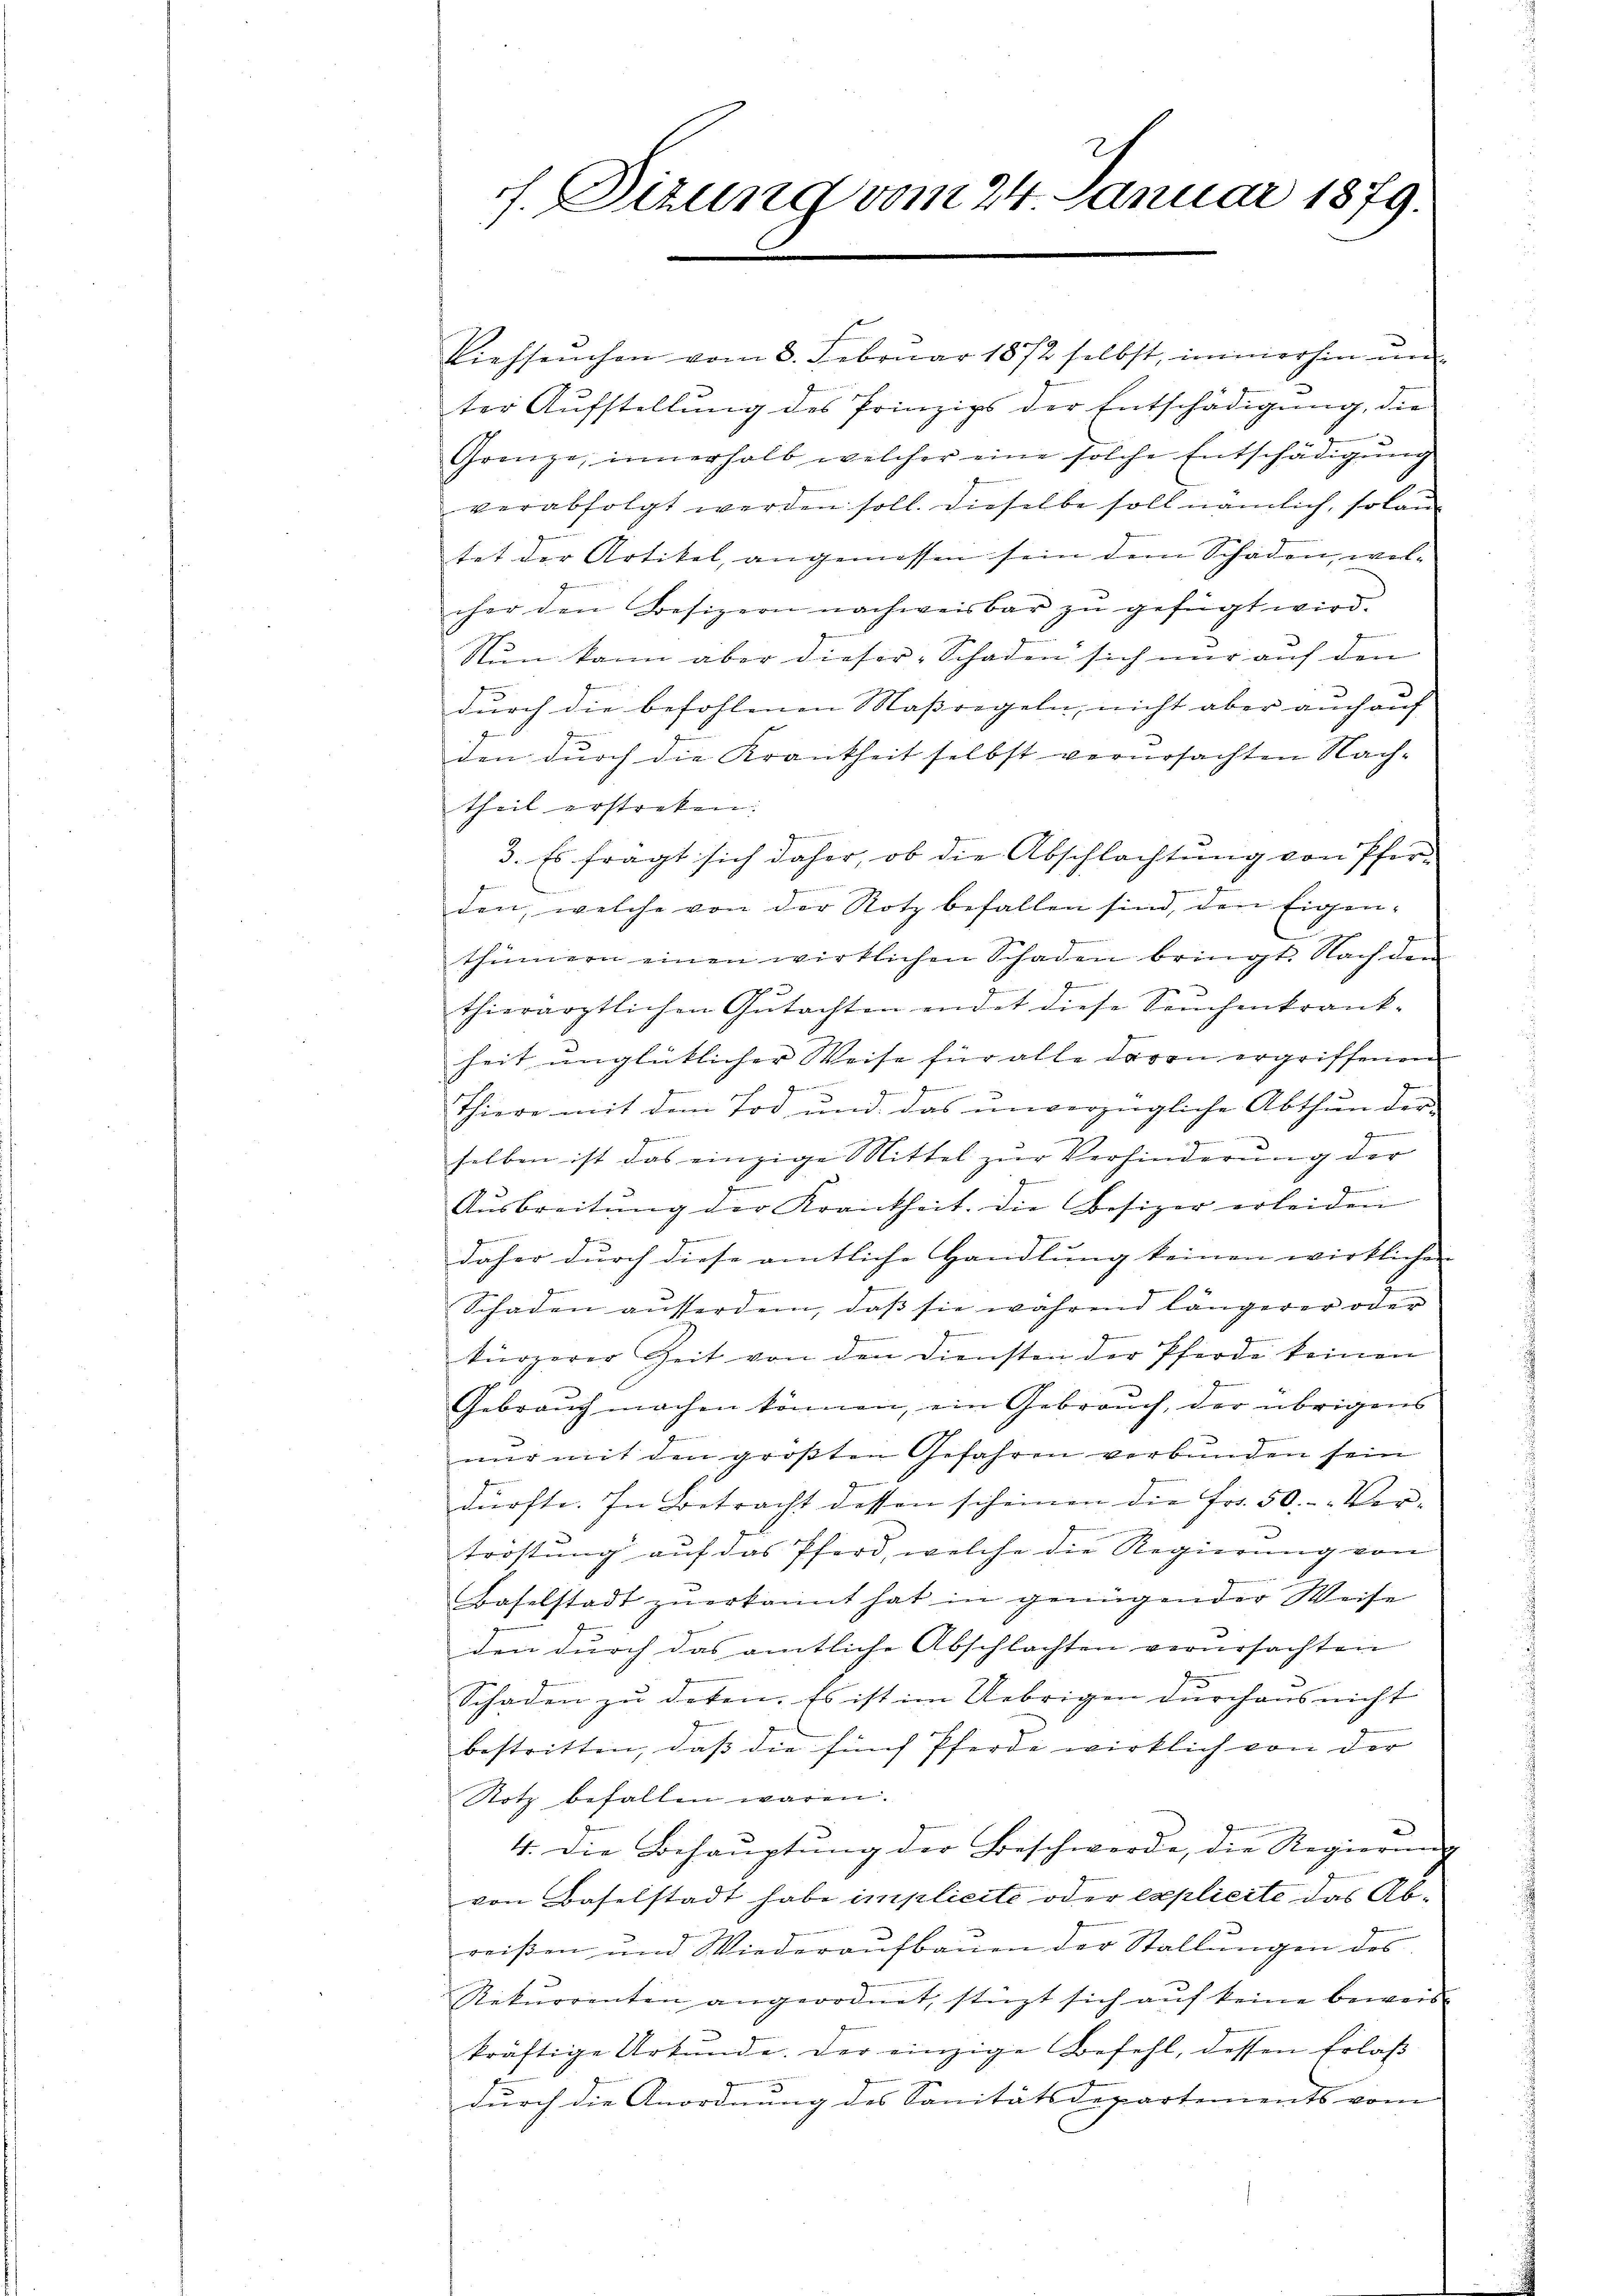
f. Dizung vom 24. Januar 1879.

Viehseuchen vom 8. Februar 1872 selbst, immerhin un
ter Aufstellung des Prinzips der Entschädigung, die
Grenze, innerhalb welcher eine solche Entschädigŭng
verabfolgt werden soll. Dieselbe soll nämlich, so lantet der Artikel, angemessen sein dem Schaden, welcher den Besizern nachweisbar zu gefügt wird.
Nun kann aber dieser Schaden sich nur auf den
.
r
durch die befohlenen Maßregeln, nicht aber auch auf
den durch die Krankheit selbst verursachten Nach-
theil erstreken:
ge
3. Es fragt sich daher, ob die Abschlachtung von Pfern
den, welche von der Notz befallen sind, den Eigenthümern einen wirklichen Schaden bringt. Nach den
thierärztlichen Gutachten endet diese Seuchenkrank-
heit unglücklicher Weise für alle davon ergriffenen
J
g
1
Thiere mit dem Tod, und das unverzügliche Abthun der
genen
Gemein
selben ist das einzige Mittel zur Verhinderung der
g
e
Aŭsbreitŭng der Krankheit. Die Besizer erleiden
g
Gemein
daher durch diese amtliche Handlung keinen wirklichen
Schaden ausserden, daß sie während längerer oder
kürzerer Zeit von den Diensten der Pferde keinen
Gebrauch machen können, ein Gebrauch, der übrigens
nur mit den größten Gefahren verbunden sein
dürfte. In Betracht dessen scheinen die Fr. 50. Ver-
tröstung auf das Pferd, welche die Regierung von
Baselstadt zu erkannt hat in genügender Weise
den durch das amtliche Abschlachten verursachten
Schaden zu deten. Es ist im Uebrigen durchaus nicht
bestritten, daß die fünf Pferde wirklich von der
Rotz befallen wären.
a
4. Die Behaŭptŭng der Beschwerde, die Regierŭng
von Baselstadt habe implicite oder explicite das Abreißen und Wiederaufbauen der Stallŭngen des
Rekurrenten angeordnet, stüzt sich auf keine beweis
kräftige Urkŭnde. Der einzige Befehl, dessen Erlaβ
durch die Anordnung des Sanitätsdepartements vom